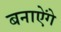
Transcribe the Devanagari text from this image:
बनाऐंगे